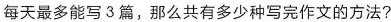
每天最多能写3篇，那么共有多少种写完作文的方法?